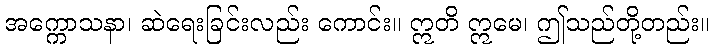
အက္ကောသနာ၊ ဆဲရေးခြင်းလည်း ကောင်း။ ဣတိ ဣမေ၊ ဤသည်တို့တည်း။